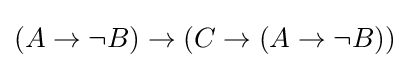
(A\to \lnot B)\to (C\to (A\to \lnot B))